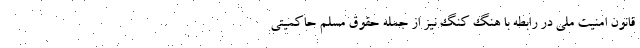
قانون امنیت ملی در رابطه با هنگ کنگ نیز از جمله حقوق مسلم حاکمیتی